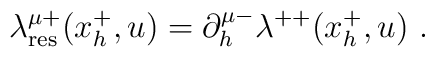
\lambda^{\mu +}_{{\rm res}}(x_h^+, u) =\partial^{\mu -}_h \lambda^{++}(x_h^+, u)\   .